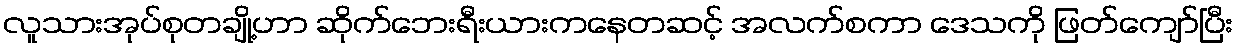
လူသားအုပ်စုတချို့ဟာ ဆိုက်ဘေးရီးယားကနေတဆင့် အလက်စကာ ဒေသကို ဖြတ်ကျော်ပြီး